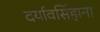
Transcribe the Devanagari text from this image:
दर्यावसिंहाना